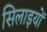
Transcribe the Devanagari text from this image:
सिलाइयों